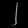
Digit: ၂